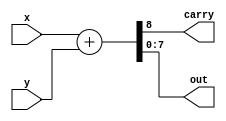
module adder(x, y, carry, out);
input [7:0] x, y;
output carry;
output [7:0] out;
wire [8:0] sum;
/*Write your code here*/
assign sum = x+y;
assign carry = sum[8];
assign out = sum[7:0];

/*End of code*/

endmodule